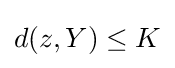
{\textstyle d(z,Y)\leq K}